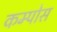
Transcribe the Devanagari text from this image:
कम्पोस